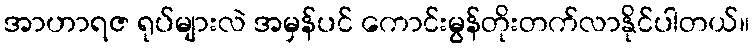
အာဟာရဇ ရုပ်များလဲ အမှန်ပင် ကောင်းမွန်တိုးတက်လာနိုင်ပါတယ်။